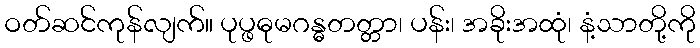
ဝတ်ဆင်ကုန်လျက်။ ပုပ္ဖဓုမဂန္ဓတတ္တာ၊ ပန်း၊ အခိုးအထုံ၊ နံ့သာတို့ကို